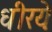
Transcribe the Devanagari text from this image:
धीरयेः